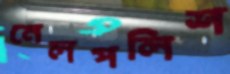
নেলপলিশ